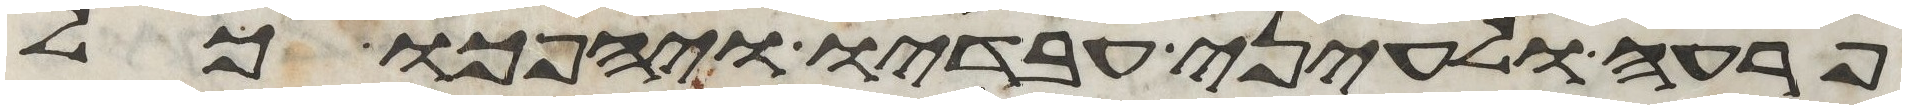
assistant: פרעה ולעיני עבדיו ויהפכו כל